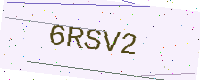
Text: 6RSV2